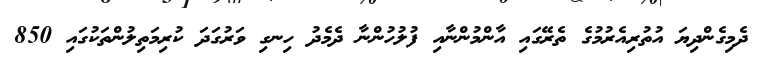
ދެމިގެންދިޔަ އުތުރިއެރުމުގެ ތެރޭގައި އާންމުންނާއި ފުލުހުންނާ ދެމެދު ހިނގި ވަރުގަދަ ކުރިމަތިލުންތަކުގައި 850